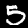
Label: 5